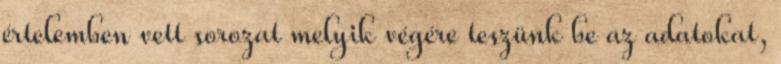
értelemben vett sorozat melyik végére teszünk be az adatokat,